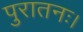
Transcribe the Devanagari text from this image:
पुरातनः।